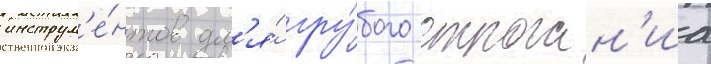
инструм'е́нтов дл'я́ гру́бого строган'иа